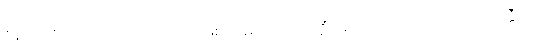
ဝိနည်းကို ဆောင်သည်။ ဟောတိ၊ ဖြစ်သနည်း။ အာပတ္တိံ၊ အာပတ်သင့်သည်ကို။ အာပတ္တီတိ၊